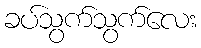
ခပ်သွက်သွက်လေး